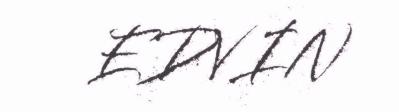
EDVIN